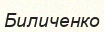
Биличенко